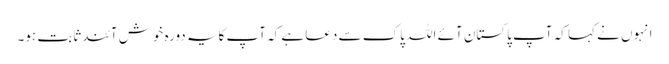
انہوں نے کہا کہ آپ پاکستان آئے اللہ پاک سے دعا ہے کہ آپ کایہ دورہ خوش آئندثابت ہو۔